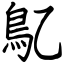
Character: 鳦